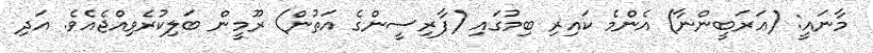
މާނައީ: (ޢަރަބީންނާ) އެންމެ ކައިރި ބިމުގައި (ފާރިސީންގެ އަތުން) ރޫމީން ބަލިކުރެވިއްޖެއެވެ. އަދި